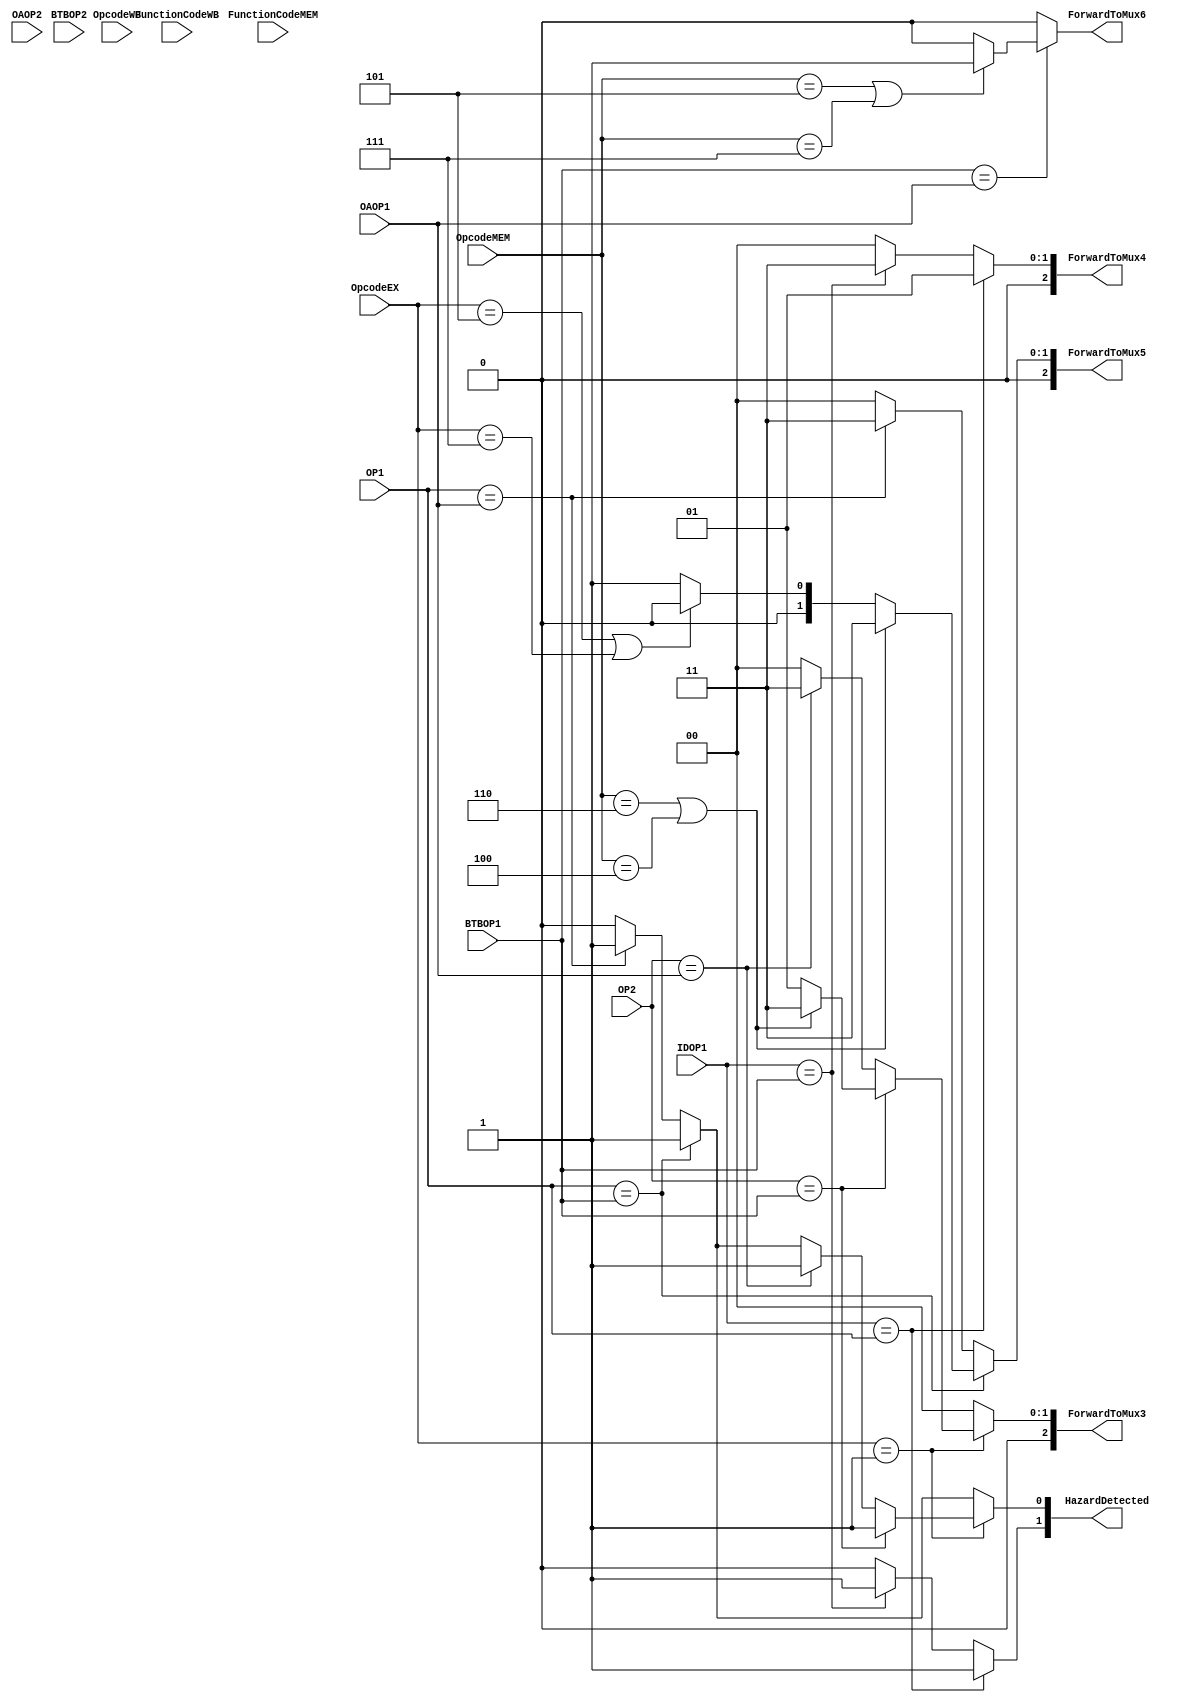
module RegisterForwardingUnit(input [3:0] OP1, OP2, BTBOP1, BTBOP2, OAOP1, OAOP2, OpcodeMEM, OpcodeWB, FunctionCodeMEM, FunctionCodeWB,
							  input [3:0] IDOP1, OpcodeEX,
							  output reg [2:0] ForwardToMux3,ForwardToMux4, ForwardToMux5,
							  output reg [1:0]HazardDetected,
							  output reg ForwardToMux6);
							 
always @(*)
begin
	HazardDetected=00;
	ForwardToMux3=000;
	ForwardToMux4=000;
	ForwardToMux5=000;
	ForwardToMux6=0;

//Branch Hazards: 
//IDOP1 deals with Mux4 Hazard[1] for branch hazards
	if(IDOP1 == OP1)
	begin
		ForwardToMux4 = 001;
		HazardDetected[1]=1;
	end
	else if(IDOP1 == BTBOP1)
	begin
		ForwardToMux4 = 011;
		HazardDetected[1]=1;
	end
	
	//Test for OP2 IF Swap(Only time that OP2 changes)
	if((OpcodeMEM == 0001)&& (FunctionCodeMEM ==1111))
	begin
		if(IDOP1 == OP2)
		begin
			ForwardToMux4 = 010;
			HazardDetected=1;
		end 
	end
	else if((OpcodeWB == 0001)&& (FunctionCodeWB ==1111))
	if(IDOP1 == BTBOP2)
	begin
		ForwardToMux4 = 100;
		HazardDetected=1;
	end

//OTHER:
if(BTBOP1 == OAOP1)
	if((OpcodeMEM == 4'b0101)||(OpcodeMEM == 4'b0111))
	begin
		ForwardToMux6 = 1;
	end
//OP1 Deals with Mux5
	if(OP1 == BTBOP1)
	begin
		//if load in mem
		if((OpcodeMEM == 4'b0110)||(OpcodeMEM == 4'b0100))
			ForwardToMux5 = 011;
		//We don't forward to the operand of a SW in EX
		else if((OpcodeEX == 4'b0101)||(OpcodeEX == 4'b0111))
		begin
			//Do nothing
		end
		else
			ForwardToMux5 = 001;
		HazardDetected[0]=1;
	end
	else if(OP1 == OAOP1)
	begin
		ForwardToMux5 = 011;
		HazardDetected[0]=1;
	end
	
	//Test for OP2 IF Swap(Only time that OP2 changes)
	if((OpcodeMEM == 0001)&& (FunctionCodeMEM ==1111))
	begin
		if(OP1 == BTBOP2)
		begin		
		//if load
		if((OpcodeMEM == 4'b0110)||(OpcodeMEM == 4'b0100))
			ForwardToMux5 = 011;
		else
			ForwardToMux5 = 001;
			HazardDetected[0]=1;
		end 
	end
	else if((OpcodeWB == 0001)&& (FunctionCodeWB ==1111))
	if(OP1 == OAOP2)
	begin
		ForwardToMux5 = 100;
		HazardDetected[0]=1;
	end
	
//OP2 Deals with Mux3 and ONLY with A or B Type instructions.
	if((OpcodeEX==0001) || (OpcodeEX== 0100)|| (OpcodeEX== 0101)||
		(OpcodeEX==0110) || (OpcodeEX== 0111))
	begin
		if(OP2 == BTBOP1)
		begin		
		//if load
		if((OpcodeMEM == 4'b0110)||(OpcodeMEM == 4'b0100))
			ForwardToMux3 = 011;
		else
			ForwardToMux3 = 001;
			HazardDetected[0]=1;
		end
		else if(OP2 == OAOP1)
		begin
			ForwardToMux3 = 011;
			HazardDetected[0]=1;
		end
		
		//Test for OP2 IF Swap(Only time that OP2 changes)
		if((OpcodeMEM == 0001)&& (FunctionCodeMEM ==1111))
		begin
			if(OP2 == BTBOP2)
			begin
			//if load
			if((OpcodeMEM == 4'b0110)||(OpcodeMEM == 4'b0100))
				ForwardToMux3 = 011;
			else
				ForwardToMux3 = 001;
				HazardDetected[0]=1;
			end 
		end
		else if((OpcodeWB == 0001)&& (FunctionCodeWB ==1111))
		begin
			if(OP2 == OAOP2)
			begin
				ForwardToMux3 = 100;
				HazardDetected[0]=1;
			end
		end
	end
end
endmodule